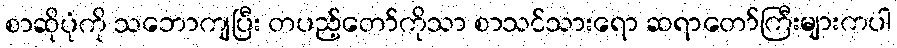
စာဆိုပုံကို သဘောကျပြီး တပည့်တော်ကိုသာ စာသင်သားရော ဆရာတော်ကြီးများကပါ